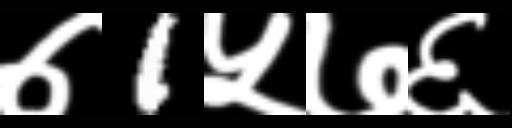
Text: ७1५७६